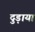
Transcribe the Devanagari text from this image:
दुड़ाया